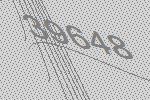
39648